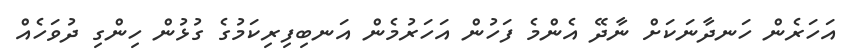
އަހަރެން ހަނދާނަކަށް ނާދޭ އެންމެ ފަހުން އަހަރުމެން އަނބިފިރިކަމުގެ ގުޅުން ހިންގި ދުވަހެއް